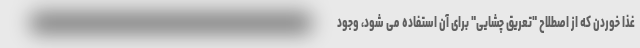
غذا خوردن که از اصطلاح "تعریق چشایی" برای آن استفاده می شود، وجود